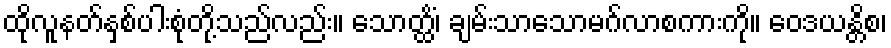
ထိုလူနတ်နှစ်ပါးစုံတို့သည်လည်း။ သောတ္ထိံ၊ ချမ်းသာသောမဂ်လာစကားကို။ ဝေဒယန္တိစ၊